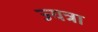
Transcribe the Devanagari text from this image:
ज्यत्रा